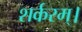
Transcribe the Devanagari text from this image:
शर्करम्।